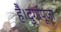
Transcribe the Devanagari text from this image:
है।दुर्गापूजा